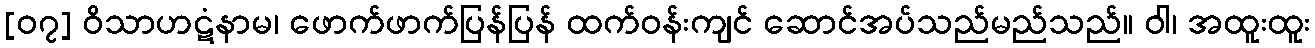
[၀၇] ဝိသာဟဋံနာမ၊ ဖောက်ဖာက်ပြန်ပြန် ထက်ဝန်းကျင် ဆောင်အပ်သည်မည်သည်။ ဝါ၊ အထူးထူး